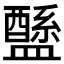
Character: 𥃄